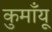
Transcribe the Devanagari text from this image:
कुमाँयू